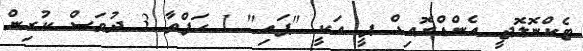
ޓެކްނޮލޮޖީ އެންޑްރޮއިޑް ޕީ އަކީ "ޕައި" 1 ހަފްތާ 3 ދުވަސް ކުރިން